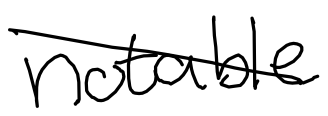
Text: notable
Cross-out: diagonal
Writing tool: digital_black